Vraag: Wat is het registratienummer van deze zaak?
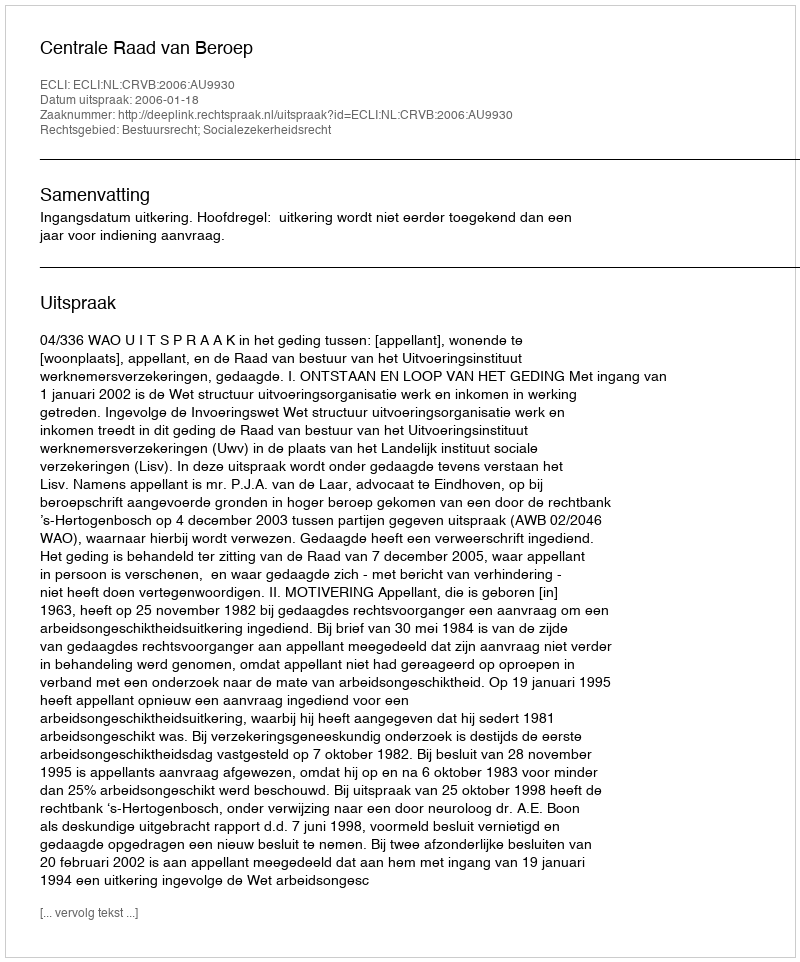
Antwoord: http://deeplink.rechtspraak.nl/uitspraak?id=ECLI:NL:CRVB:2006:AU9930